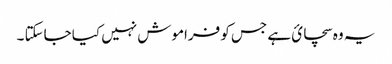
یہ وہ سچائ ہے جس کو فراموش نہیں کیا جاسکتا ۔